Rangoon Lunatic Asylum 1898-1906 - 1898-1906
Year: 1898
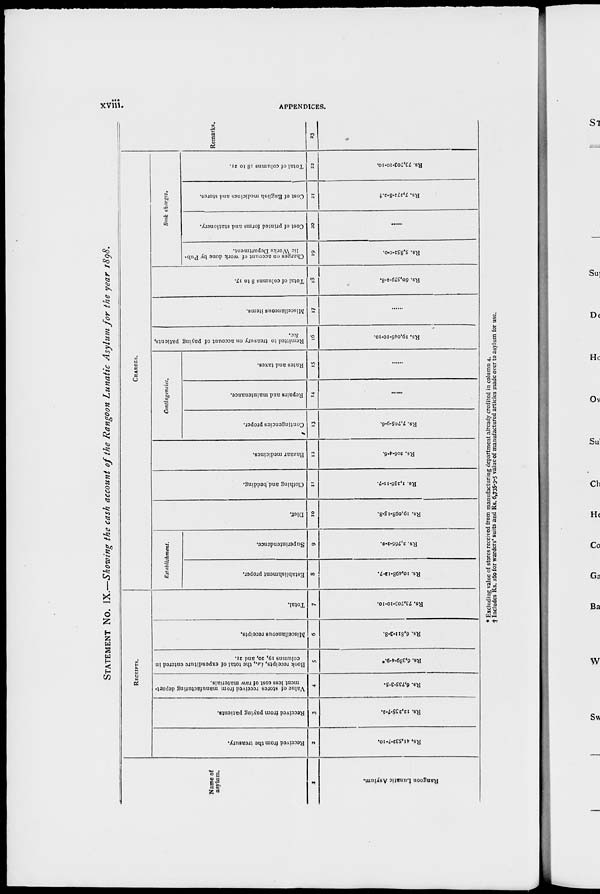
xviii.
APPENDICES.
STATEMENT No. IX.—Showing the cash account of the Rangoon Lunatic Asylum for the year 1898.
Name of
asylum.
1
Rangoon Lunatic Asylum.
RECEIPTS.
Received from the treasury.
2
Rs. 41,532-7-10.
Received from paying patients.
3
Rs. 12,235-7-2.
Value of stores received from manufacturing depart-
ment less cost of raw materials.
4
Rs. 6,735-3-5.
Book receipts, i.e., the total of expenditure entered in
columns 19, 20, and 21.
5
Rs. 6,389-4-9.*
Miscellaneous receipts.
6
Rs. 6,811-3-8.
Total.
7
Rs. 73,703-10-10.
CHARGES.
Establishment.
Establishment proper.
8
Rs. 10,498-12-7.
Superintendence.
9
Rs. 2,766-2-0.
Diet.
10
Rs. 19,098-15-8.
Clothing and bedding.
11
Rs. 1,256-11-7.
Bazaar medicines.
12
Rs. 206-4-6.
Contingencies.
Contingencies proper.
13
Rs. 7,705-9-6.
Repairs and maintenance.
14
......
Rates and taxes.
15
......
Remitted to treasury on account of paying patients,
16
Rs. 19,046-10-10.
Miscellaneous items.
17
......
Total of columns 8 to 17.
18
Rs. 60,579-2-8.
Book charges.
Charges on account of work done by Pub-
lic Works Department.
19
Rs. 5,852-0-0.
Cost of printed forms and stationery.
20
......
Cost of English medicines and stores.
21
Rs. 7,272-8-2.†
Total of columns 18 to 21.
22
Rs. 73,703-10-10.
Remarks.
23
* Excluding value of stores received from manufacturing department already credited in column 4.
† Includes Rs. 160 for warders' suits and Rs. 6,735-3-5 value of manufactured articles made over to asylum for use.